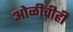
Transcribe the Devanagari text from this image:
ओळींचीही